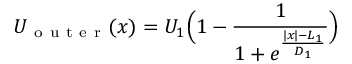
U _ { \mathrm { ~ o ~ u ~ t ~ e ~ r ~ } } ( x ) = U _ { 1 } \Big ( 1 - \frac { 1 } { 1 + e ^ { \frac { | x | - L _ { 1 } } { D _ { 1 } } } } \Big )